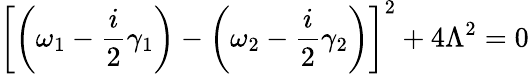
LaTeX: \left[\left(\omega_{1}-\frac{i}{2}\gamma_{1}\right)-\left(\omega_{2}-\frac{i}{2}\gamma_{2}\right)\right]^{2}+4\Lambda^{2}=0